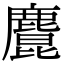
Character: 𪋆